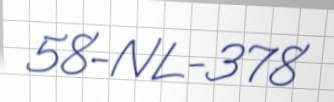
58-NL-378